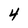
Character: 4